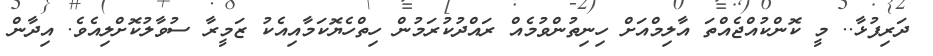
ދަރިފުޅާ.. މީ ކޮންކުއްޖެއްތަ އާލިމްއަށް ހިނިތުންވުމެއް ރައްދުކުރަމުން ހިތްހެޔޮކަމާއިއެކު ޒަމީރާ ސުވާލުކޮށްލިއެވެ. އިދާން